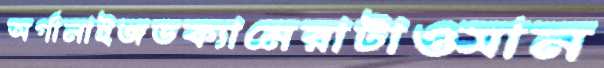
অর্গানাইজডক্যামেরাটাওসান